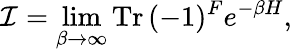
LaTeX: {\cal I}=\operatorname*{lim}_{\beta\rightarrow\infty}\mathrm{Tr}\, (-1)^{F}e^{-\beta H},